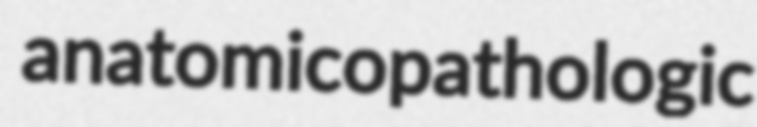
anatomicopathologic